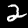
Label: 2